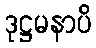
ဒုဋ္ဌမနာပိ